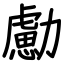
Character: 勴